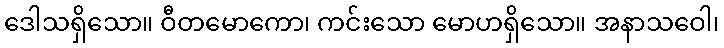
ဒေါသရှိသော။ ဝီတမောကော၊ ကင်းသော မောဟရှိသော။ အနာသဝေါ၊